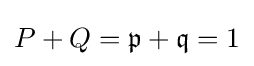
P+Q={\mathfrak {p}}+{\mathfrak {q}}=1